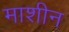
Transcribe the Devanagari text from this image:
माशीन